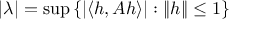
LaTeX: | \lambda | = \operatorname* { s u p } \left\{ | \langle h , A h \rangle | : \| h \| \leq 1 \right\}